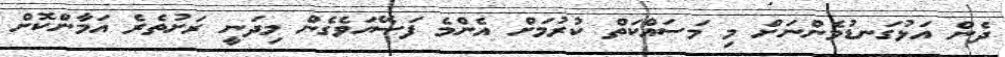
ދެން އަޅުގަނޑުމެންނަށް މި މަސައްކަތް ކުރުމަށް އެންމެ ފަސޭހަވެގެން މިދަނީ ރަށުތެރެ އަމާންކޮށް